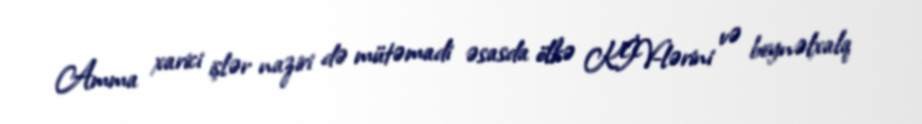
Amma xarici işlər naziri də mütəmadi əsasda ölkə KİV-lərini və beynəlxalq